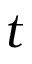
t